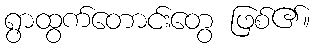
ရွာထွက်တောင်းတွေ ဖြစ်၏။